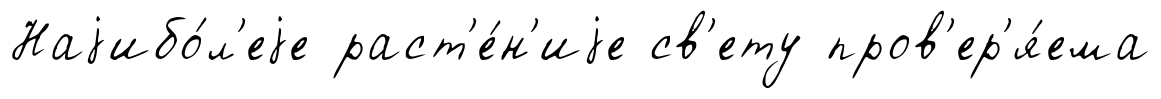
Наjибо́л'еjе раст'е́н'иjе св'ету пров'ер'я́ема